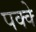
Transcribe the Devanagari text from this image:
पक्‍क्‍े